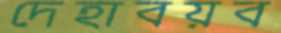
দেহাবয়ব